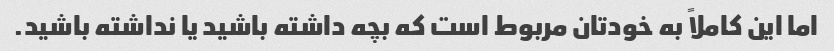
اما این کاملاً به خودتان مربوط است که بچه داشته باشید یا نداشته باشید.